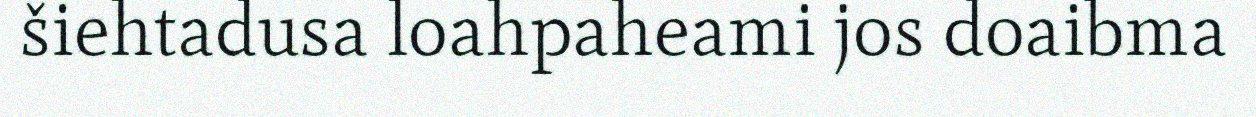
šiehtadusa loahpaheami jos doaibma